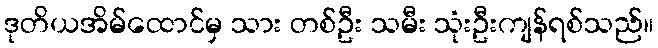
ဒုတိယအိမ်ထောင်မှ သား တစ်ဦး သမီး သုံးဦးကျန်ရစ်သည်။